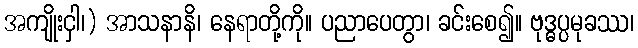
အကျိုးငှါ၊) အာသနာနိ၊ နေရာတို့ကို။ ပညာပေတွာ၊ ခင်းစေ၍။ ဗုဒ္ဓပ္ပမုခဿ၊